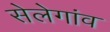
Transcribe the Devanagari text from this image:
सेलेगांव